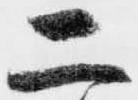
二